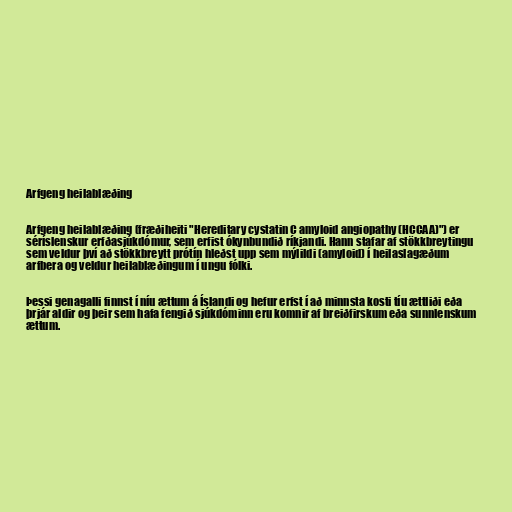
Arfgeng heilablæðing

Arfgeng heilablæðing (fræðiheiti "Hereditary cystatin C amyloid angiopathy (HCCAA)") er
séríslenskur erfðasjúkdómur, sem erfist ókynbundið ríkjandi. Hann stafar af stökkbreytingu
sem veldur því að stökkbreytt prótín hleðst upp sem mýlildi (amyloid) í heilaslagæðum
arfbera og veldur heilablæðingum í ungu fólki.

Þessi genagalli finnst í níu ættum á Íslandi og hefur erfst í að minnsta kosti tíu ættliði eða
þrjár aldir og þeir sem hafa fengið sjúkdóminn eru komnir af breiðfirskum eða sunnlenskum
ættum.